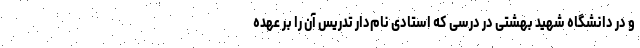
و در دانشگاه شهید بهشتی در درسی که استادی نام‌دار تدریس آن را بر عهده